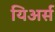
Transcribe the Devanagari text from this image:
यिअर्स